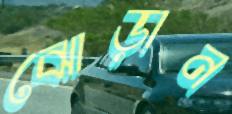
ঝোড়ান